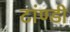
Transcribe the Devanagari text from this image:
टांण्डी